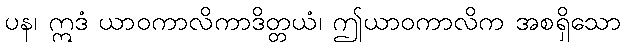
ပန၊ ဣဒံ ယာဝကာလိကာဒိတ္တယံ၊ ဤယာဝကာလိက အစရှိသော